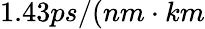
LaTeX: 1.43ps/(nm\cdot km